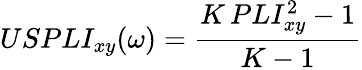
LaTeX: USPLI_{xy}(\omega)=\frac{K\, PLI_{xy}^{2}-1}{K-1}